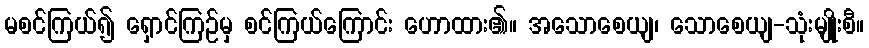
မစင်ကြယ်၍ ရှောင်ကြဉ်မှ စင်ကြယ်ကြောင်း ဟောထား၏။ အသောစေယျ၊ သောစေယျ-သုံးမျိုးစီ။